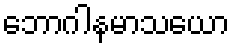
ဘောဂါနမာသယော